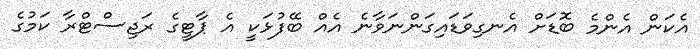
އެކަން އެންމެ ބޮޑަށް އެނގިވަޑައިގަންނަވާނެ އެއް ބޭފުޅަކީ އެ ޕާޓީގެ ރަޖިސްޓްރާ ކަމުގެ